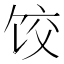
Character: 饺